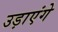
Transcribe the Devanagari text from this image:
उड़ाएंगे